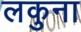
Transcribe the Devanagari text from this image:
लकुना